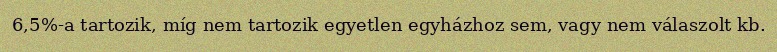
6,5%-a tartozik, míg nem tartozik egyetlen egyházhoz sem, vagy nem válaszolt kb.